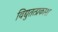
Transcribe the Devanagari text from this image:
विद्युतत्प्रकाश